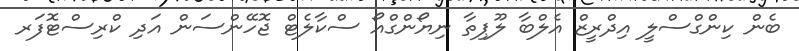
ބެން ކިންގްސްލީ އިދްރީޒް އެލްބާ ލޫޕިތާ ނިޔޯންގްއޯ ސްކާލެޓް ޖޮހޭންސަން އަދި ކްރިސްޓޮފަރ